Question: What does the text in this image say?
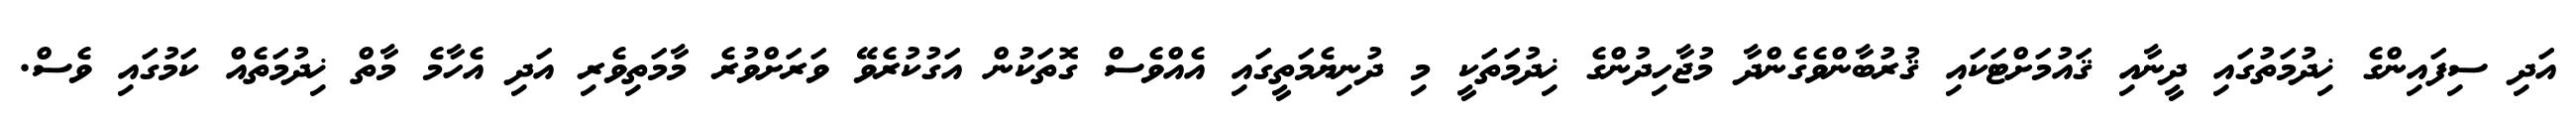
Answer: އަދި ސިފައިންގެ ޚިދުމަތުގައި ދީނާއި ޤައުމަށްޓަކައި ޤުރުބާންވެގެންދާ މުޖާހިދުންގެ ޚިދުމަތަކީ މި ދުނިޔެމަތީގައި އެއްވެސް ގޮތަކުން އަގުކުރެވޭ ވަރަށްވުރެ މާމަތިވެރި އަދި އެހާމެ މާތް ޚިދުމަތެއް ކަމުގައި ވެސް.